Vital statistics of India. Vol. V, Reports of 1876 on armies & jails and on epidemic cholera
Year: 1876
Disease focus: Cholera
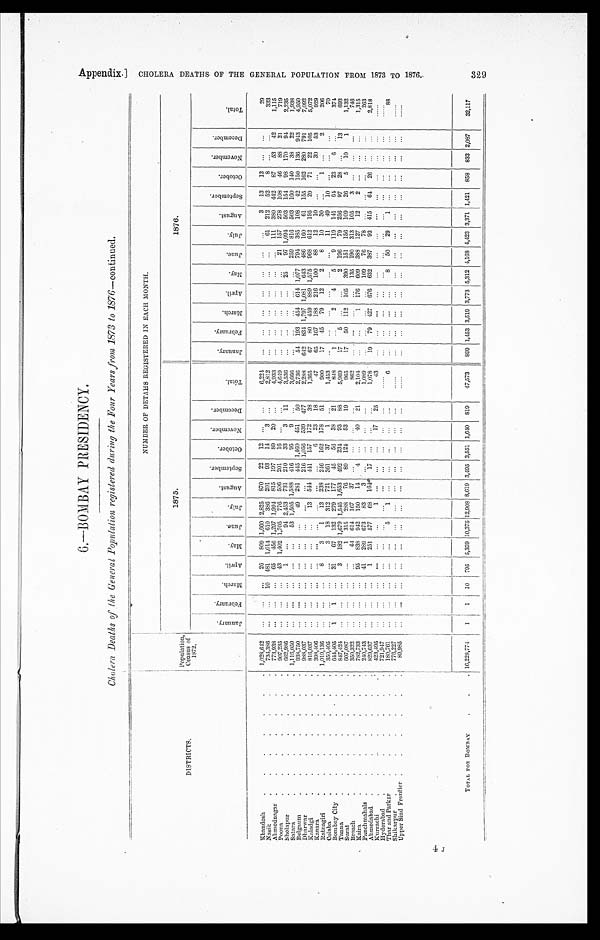
6.—BOMBAY PRESIDENCY.
Cholera Deaths of the General Population registered during the Four Years from 1873 to 1876— continued.
D I S T R I C T S .
Population,
Census of
1872.
NUMBER OF DETAHS REGISTERED IN EACH MONTH.
1875.
1876.
J a n u a r y .
F e b r u a r y .
M a r c h .
A p r i l .
M a y . J u n e .
J u l y .
A u g u s t .
S e p t e m b e r .
O c t o b e r .
N o v e m b e r .
D e c e m b e r .
T o t a l .
J a n u a r y .
F e b r u a r y .
M a r c h .
April.
M a y .
J u n e .
J u l y .
A u g u s t .
S e p t e m b e r .
O c t o b e r .
N o v e m b e r .
D e c e m b e r .
T o t a l .
Khandesh
1,028,642
26 809 1,660 2,825 870 22 12
6,224
3 13 13
29
Nasik
734,386
10 481 1,014 610 386 201 93 14 3
2,812
61 212 52 8
333
Ahmednagar
773,938
65 456 1,297 1,994 815 197 89 20
4,933
111 380 442 87 53 42
1,115
Poona
907,235
43 1,402 1,705 776
5 0 6 201 16
4 , 6 4 9
21 157 278 108 46 88 21
719
Sholapur
662,986
1
94 2,453
7 3 1 210 33 3 11 3,536
2 5 97 1,094 503 154 98 170 94
2,235
Satara
1,116,050
53 1,505 1,588 416 95 9
3,666
259 816 503 160 140 38 22
1,938
Belgaum
938,750
49 281 445 1,460 451 50
2,736
54 193 454 614 1,077 794 385 108 42 150 136 943
4,950
Dharwar
988,037
216 1,056 539 477
2,288 642 834 1,797 1,081 643 486 160 61 155 162 280 791
7,092
Kaladgi
816,037
13 544 441 157 172 38
1,365
67 80 459 889 1,575 968 612 195 29 71 22 105
5,072
Kanara
3 9 8 , 4 0 6
6 23 18
47
65 167 188 216 100 88 12 10
30 53
929
Ratnagiri
1,019,136
8
3 1 13 238 246 162 178 51
900
17 45 79 12 2 8 10 30
1
2
206
Colaba
350,405
3 18 312 721 361 37 1
1,453
11 49
1 0
70
Bombay City
644,405
1 1
31 67 132 279 177 45 56 38 21
843
1
2 4 5 9 119 141 64 23 6
374
Tanna
847,424
3 182 1,679 1,545 1,653 492 234 93 88
5,969
17 5
2 196 79 256 97 28
13
693
Surat
607,087
1 315 288 76 89 124 53 19
965
17 50 112 105 390 151 156 109 26 5 10 1
1,132
Broach
350,322
44 614 167 37
862
135 190 313 105 3
746
Kaira
782,733
95 838 942 150
1 4 4
40 21
2,104
1 176 609 388 127 12 2
1,315
Panchmahals
240,743
41 289 673 83 3
1,089
109 76 78
263
Ahmedabad
829,637
1 251 577 68 164 17
1,078
19 79 427 676 632 387 93 415
6 4 26
2,818
Kurrachi
4 2 3 , 4 9 5
1
17 25
43
Hyderabad
721,947
Thar and Parkar
180,761
5 1
6
8 50 29 1
88
Shikarpur
776,227
Upper Sind Frontier
8 9 , 9 8 5
TOTAL FOR BOMBAY
16,228,774
1
1
10 795 5,359 10,375 12,908 8,619 3,495 3,551 1,640 819 47,573 899 1,453 3 , 5 1 9 3,773 5,312 4,168 4,423 3,371 1,421 858 833 2,087
32,117
A p p e n d i x . ] C H O L E R A D E A T H S O F T H E G E N E R A L P O P U L A T I O N F R O M 1 8 7 3 T O 1 8 7 6 . 3 2 9
4J